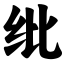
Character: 纰